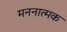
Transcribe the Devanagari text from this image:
मननात्मक